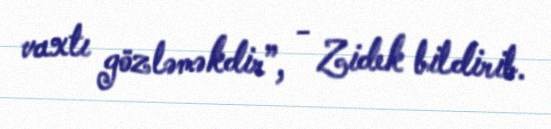
vaxtı gözləməkdir”, - Zidek bildirib.